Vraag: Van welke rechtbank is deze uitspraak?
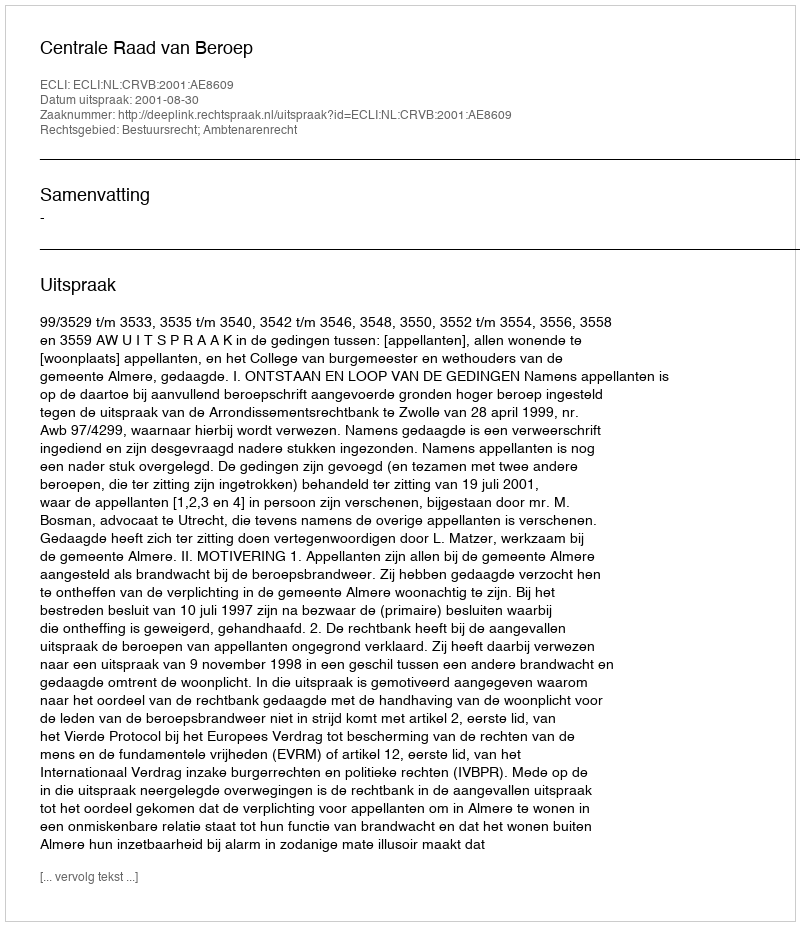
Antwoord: Centrale Raad van Beroep